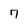
Character: 7